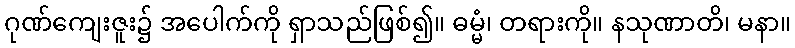
ဂုဏ်ကျေးဇူး၌ အပေါက်ကို ရှာသည်ဖြစ်၍။ ဓမ္မံ၊ တရားကို။ နသုဏာတိ၊ မနာ။